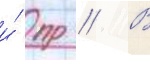
и́ пр // В